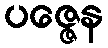
ပဇ္ဇေန